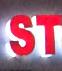
st